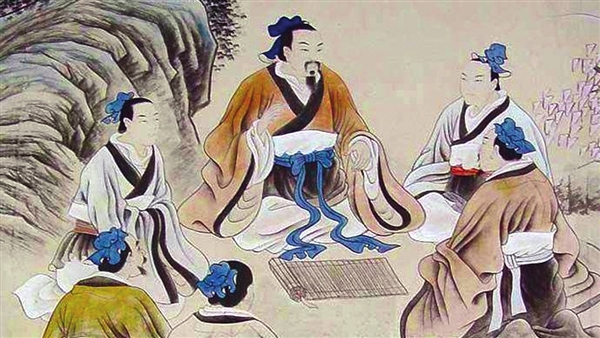
口言之，身必行之。